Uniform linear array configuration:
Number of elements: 48
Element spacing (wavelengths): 1
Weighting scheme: blackman
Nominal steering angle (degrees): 0
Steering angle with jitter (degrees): -1.892
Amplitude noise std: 0.05
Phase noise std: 0.05

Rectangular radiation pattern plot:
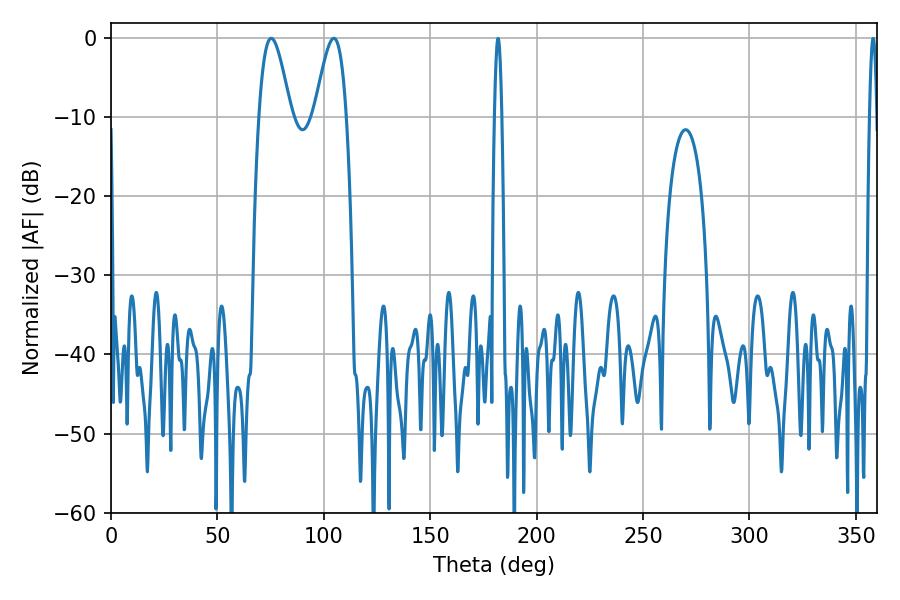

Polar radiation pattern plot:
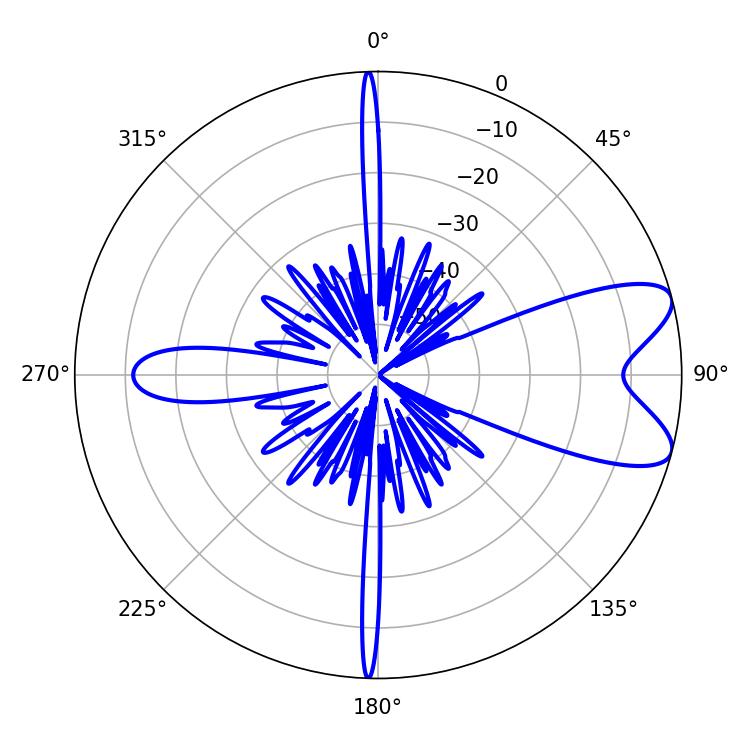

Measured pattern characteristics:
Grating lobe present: TRUE
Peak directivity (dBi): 8.307
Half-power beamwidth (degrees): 8.1
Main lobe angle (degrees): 75.24